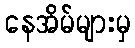
နေအိမ်များမှ